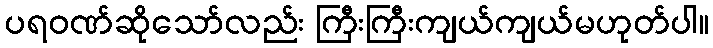
ပရဝဏ်ဆိုသော်လည်း ကြီးကြီးကျယ်ကျယ်မဟုတ်ပါ။